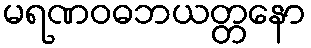
မရဏဝဓဘယတ္တနော